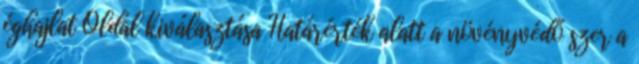
éghajlat Oldal kiválasztása Határérték alatt a növényvédő szer a